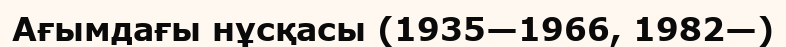
Ағымдағы нұсқасы (1935—1966, 1982—)